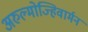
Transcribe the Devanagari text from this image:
अरुल्मोज्हिवार्मन